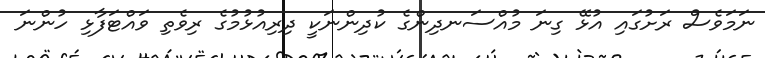
ނަމަވެސް ރަށުގައި އުޅޭ ގިނަ މުއްސަނދިންގެ ކުދިންނަކީ ދިރިއުޅުމުގެ ރިވެތި ވައްޓަފާޅި ހުންނަ